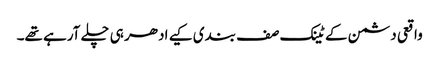
واقعی دشمن کے ٹینک صف بندی کیے ادھر ہی چلے آرہے تھے۔